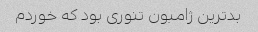
بدترین ژامبون تنوری بود که خوردم